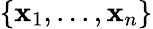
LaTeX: \{ \textbf{x}_{1},...,\textbf{x}_{n}\}